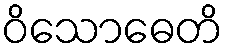
ဝိသောဓေတိ